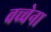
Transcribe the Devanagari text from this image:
वच्चेना